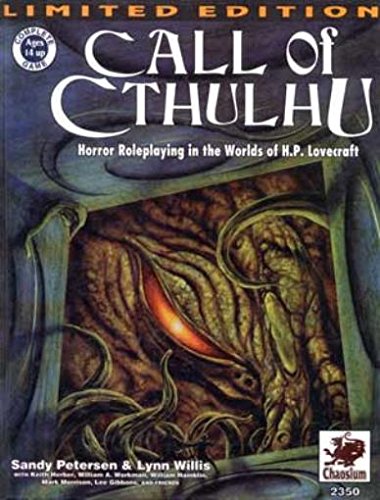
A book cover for Call of Cthulhu: Horror Roleplaying in the Worlds of H. P. Lovecraft; Science Fiction & Fantasy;